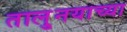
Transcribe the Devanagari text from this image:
तालु्नयाच्या